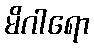
မိဂါရော